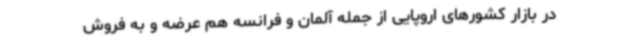
در بازار کشورهای اروپایی از جمله آلمان و فرانسه هم عرضه و به فروش